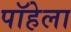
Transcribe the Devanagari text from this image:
पॉहेला